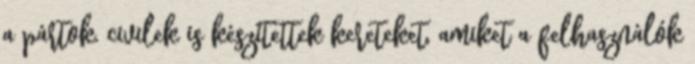
a pártok, civilek is készítettek kereteket, amiket a felhasználók